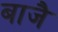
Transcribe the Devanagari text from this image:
बाजै